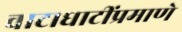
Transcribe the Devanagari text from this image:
वाटाघाटींप्रमाणे